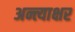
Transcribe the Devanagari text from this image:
अन्त्याक्षर